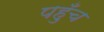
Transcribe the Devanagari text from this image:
पह़ुँच